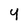
Character: 4